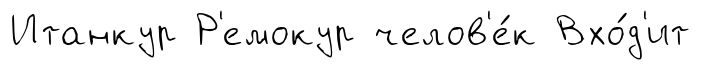
Итанкур Р'емокур челов'е́к Вхо́д'ит